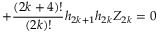
+ \frac { ( 2 k + 4 ) ! } { ( 2 k ) ! } h _ { 2 k + 1 } h _ { 2 k } { \cal Z } _ { 2 k } = 0